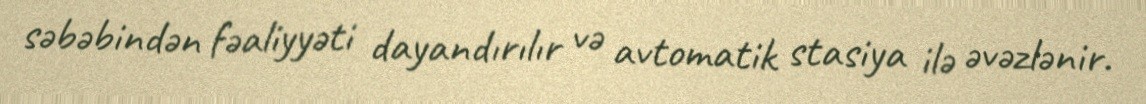
səbəbindən fəaliyyəti dayandırılır və avtomatik stasiya ilə əvəzlənir.